Annual report of the Punjab Veterinary College and of the Civil Veterinary Department, Punjab - 1894-1908
Year: 1894
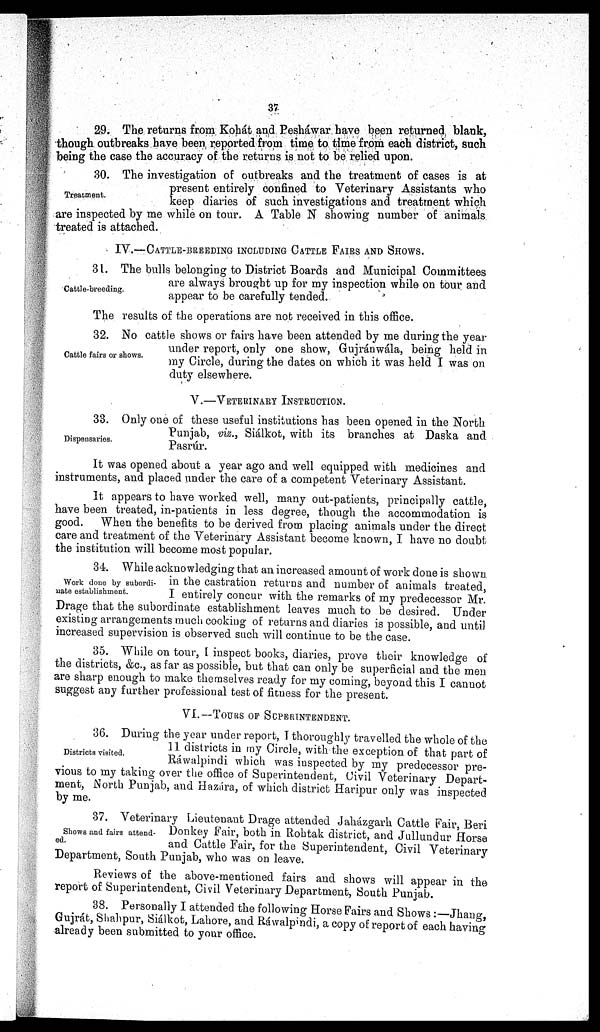
37
29. The returns from Kohát and Pesháwar have been returned blank,
though outbreaks have been reported from time to time from each district, such
being the case the accuracy of the returns is not to be relied upon.
Treatment.
30. The investigation of outbreaks and the treatment of cases is at
present entirely confined to Veterinary Assistants who
keep diaries of such investigations and treatment which
are inspected by me while on tour. A Table N showing number of animals
treated is attached.
IV.—CATTLE-BREEDING INCLUDING CATTLE FAIRS AND SHOWS.
Cattle-breeding.
31. The bulls belonging to District Boards and Municipal Committees
are always brought up for my inspection while on tour and
appear to be carefully tended.
The results of the operations are not received in this office.
Cattle fairs or shows.
32. No cattle shows or fairs have been attended by me during the year
under report, only one show, Gujránwála, being held in
my Circle, during the dates on which it was held I was on
duty elsewhere.
V.—VETERINARY INSTRUCTION.
Dispensaries.
33. Only one of these useful institutions has been opened in the North
Punjab, viz., Siálkot, with its branches at Daska and
Pasrúr.
It was opened about a year ago and well equipped with medicines and
instruments, and placed under the care of a competent Veterinary Assistant.
It appears to have worked well, many out-patients, principally cattle,
have been treated, in-patients in less degree, though the accommodation is
good. When the benefits to be derived from placing animals under the direct
care and treatment of the Veterinary Assistant become known, I have no doubt
the institution will become most popular.
Work done by subordi-
nate establishment.
34. While acknowledging that an increased amount of work done is shown
in the castration returns and number of animals treated,
I entirely concur with the remarks of my predecessor Mr.
Drage that the subordinate establishment leaves much to be desired. Under
existing arrangements much cooking of returns and diaries is possible, and until
increased supervision is observed such will continue to be the case.
35. While on tour, I inspect books, diaries, prove their knowledge of
the districts, &c., as far as possible, but that can only be superficial and the men
are sharp enough to make themselves ready for my coming, beyond this I cannot
suggest any further professional test of fitness for the present.
VI.—TOURS OF SUPERINTENDENT.
Districts visited.
36. During the year under report, I thoroughly travelled the whole of the
11 districts in my Circle, with the exception of that part of
Ráwalpindi which was inspected by my predecessor pre-
vious to my taking over the office of Superintendent, Civil Veterinary Depart-
ment, North Punjab, and Hazára, of which district Haripur only was inspected
by me.
Shows and fairs attend-
ed.
37. Veterinary Lieutenant Drage attended Jaházgarh Cattle Fair, Beri
Donkey Fair, both in Rohtak district, and Jullundur Horse
and Cattle Fair, for the Superintendent, Civil Veterinary
Department, South Punjab, who was on leave.
Reviews of the above-mentioned fairs and shows will appear in the
report of Superintendent, Civil Veterinary Department, South Punjab.
38. Personally I attended the following Horse Fairs and Shows:—Jhang,
Gujrát, Shahpur, Siálkot, Lahore, and Ráwalpindi, a copy of report of each having
already been submitted to your office.